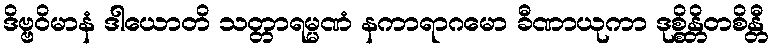
ဒိဗ္ဗဝိမာနံ ဒါယောတိ သတ္တာရမ္မဏံ နကာရာဂမော ခီဏာယုကာ ဒုစ္စိန္တိတစိန္တီ